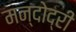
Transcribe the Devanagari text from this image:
मन्दोद्री